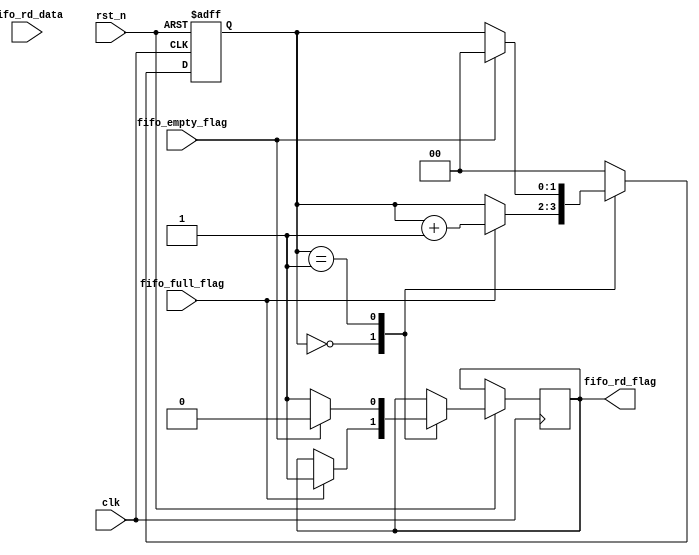
module fifo_rd(

    input  clk,
    input  rst_n,
    
   
    input fifo_empty_flag,
    input fifo_full_flag,
    output reg fifo_rd_flag,
    input [7 : 0]fifo_rd_data
);

reg [1 : 0]rd_cnt ;
reg [7 : 0]data;


always @(posedge clk or negedge rst_n)begin

   if(!rst_n)begin
   rd_cnt <= 2'd0;
   data <= 8'd0;
   end
   else begin
       case(rd_cnt)
       2'd0: begin   //fifo
          if(fifo_full_flag)begin
             fifo_rd_flag <= 1'd1;
             rd_cnt <= rd_cnt + 1'd1;
          end
          else
             rd_cnt <= rd_cnt;
        end
        2'd1: begin
            if(fifo_empty_flag)begin
              data <= 8'd0;
              fifo_rd_flag <= 1'd0;
              rd_cnt <= 2'd0;
           end
           else begin
            fifo_rd_flag <= 1'd1;
            data <= fifo_rd_data;
            end
       end
       
       default:
          rd_cnt <= 2'd0;
      endcase
    
   end


end

endmodule